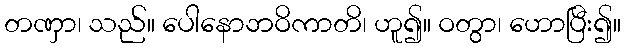
တဏှာ၊ သည်။ ပေါနောဘဝိကာတိ၊ ဟူ၍။ ဝတွာ၊ ဟောပြီး၍။